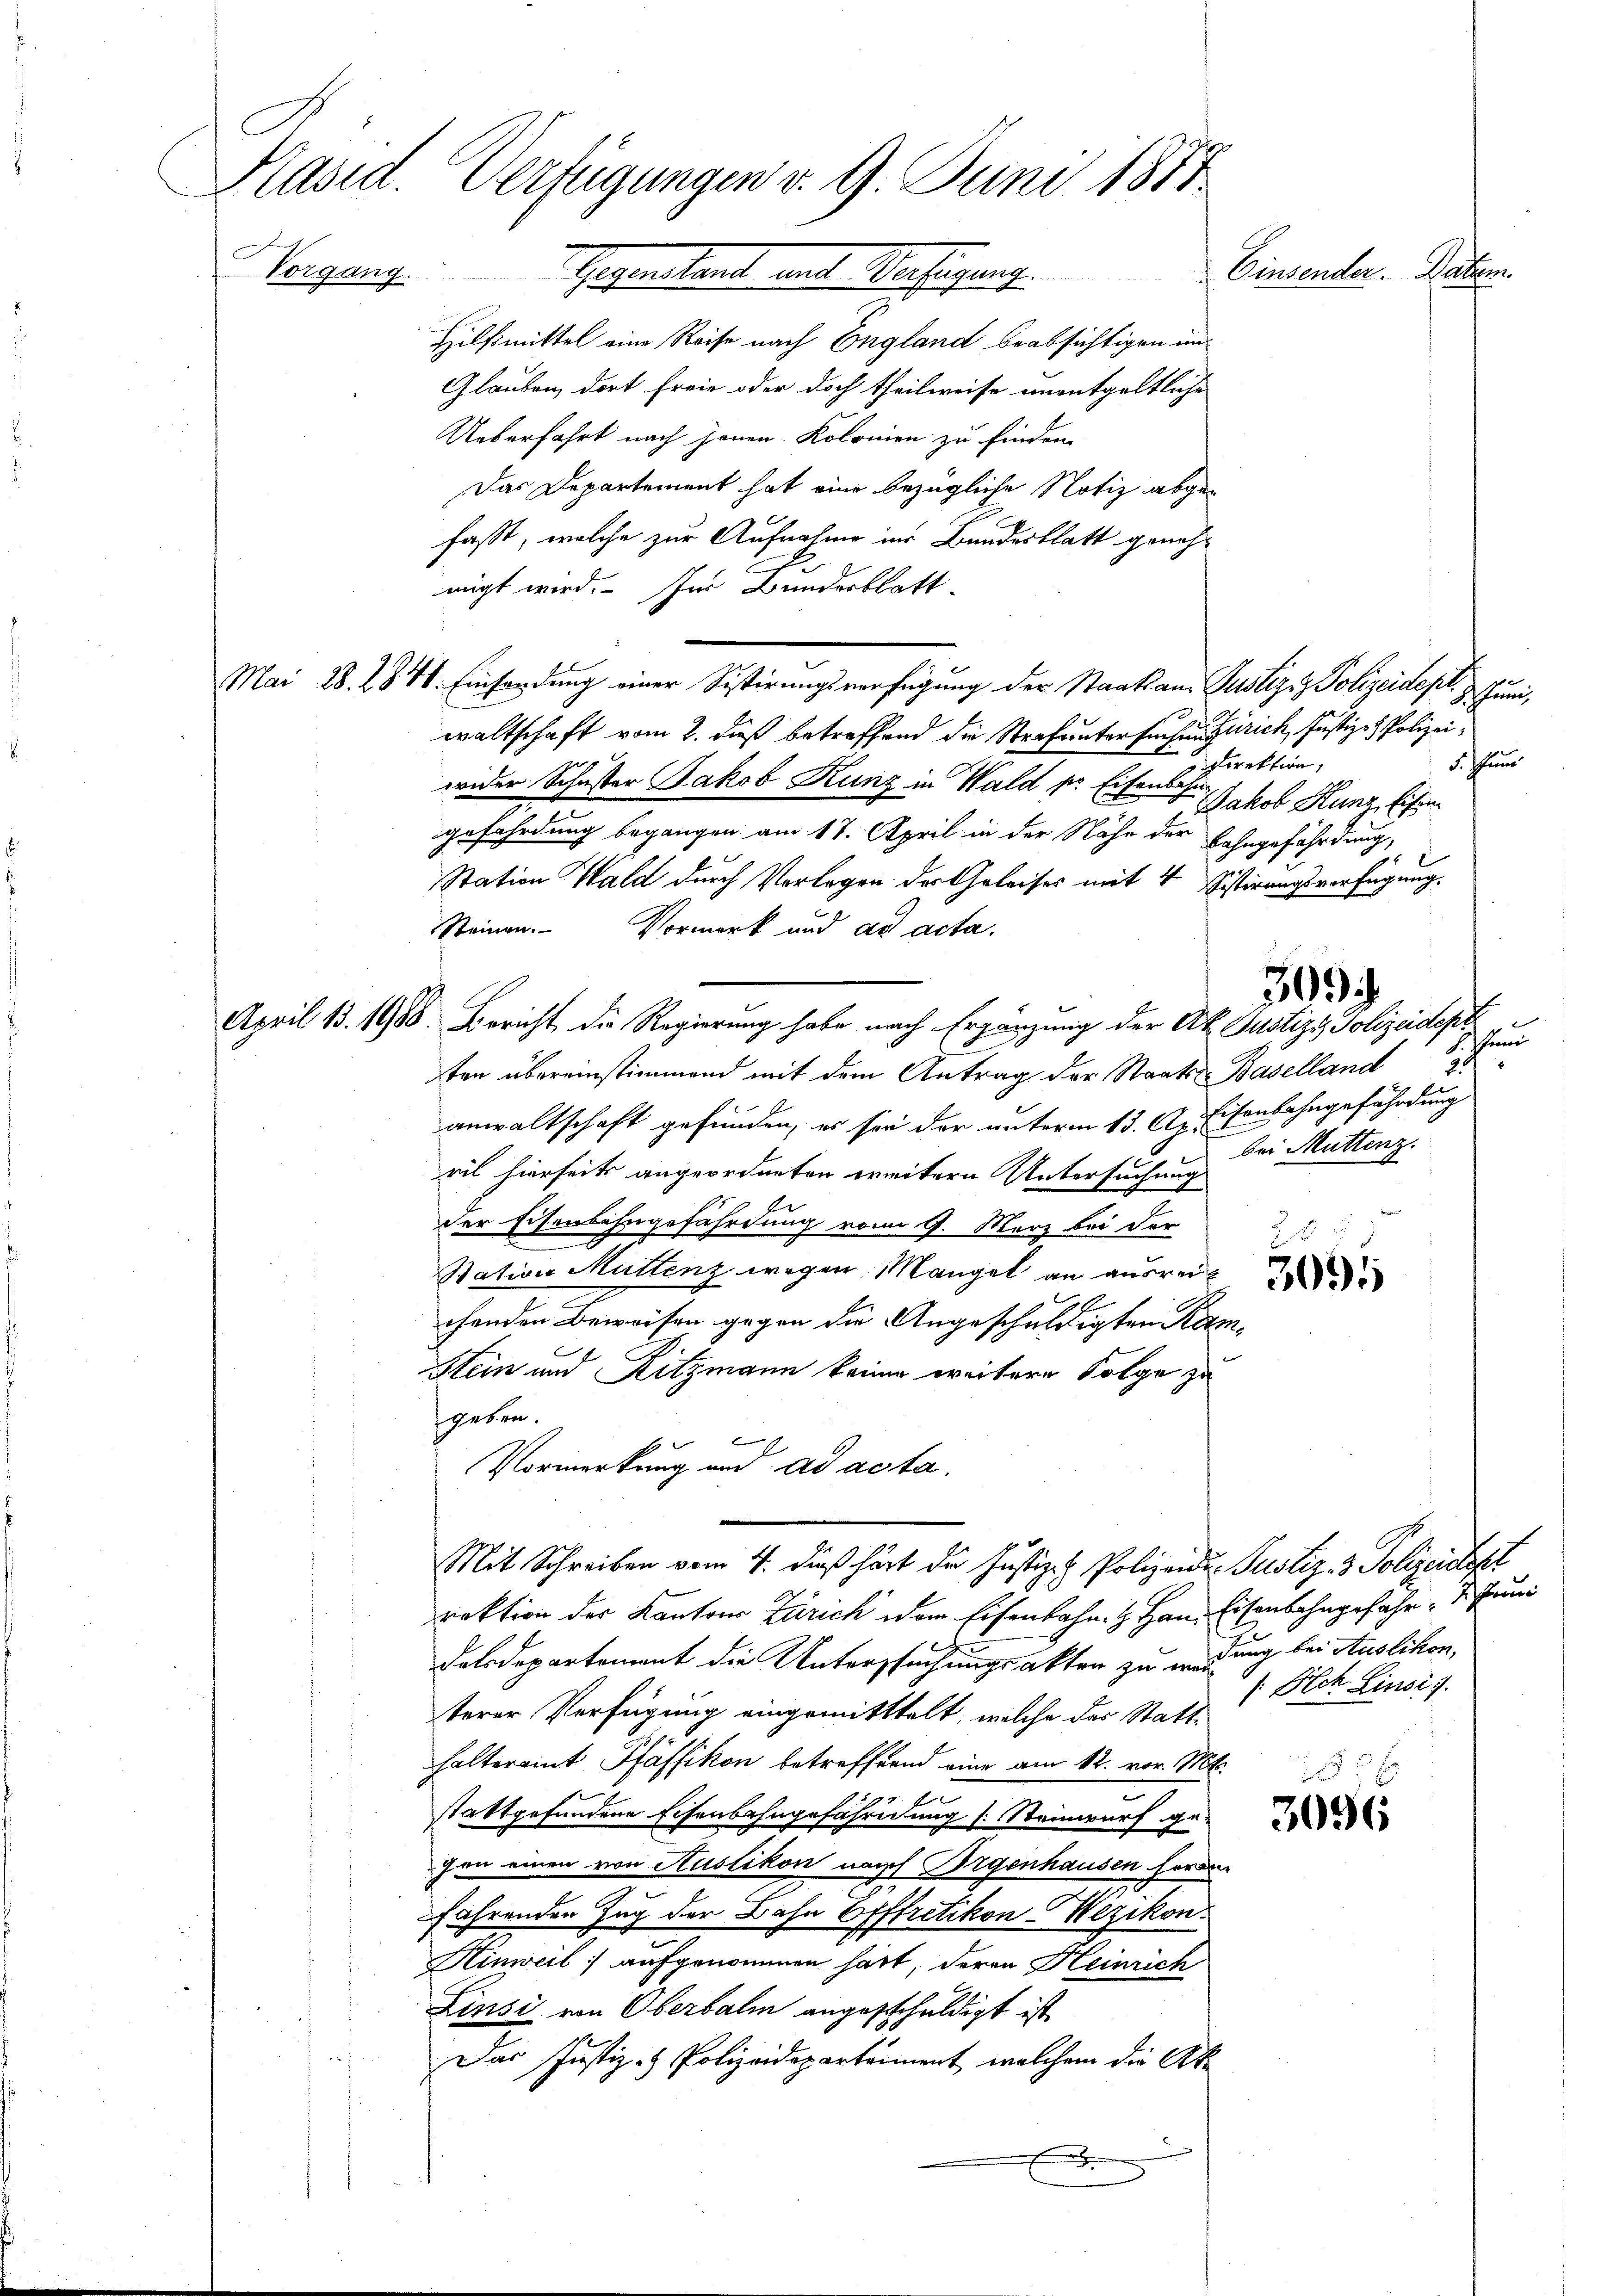
Kasid. Verfügungen v. 9. Juni 1871
Vorgang.
Einsender. Datum.
hegenstand mit Wachsigung

Hilfsmittel eine Reise nach England beabsichtigen un¬

Glauben, dort freie oder doch theilweise unentgeltliche
Ueberfahrt nach jenen Kolonien zu finden
Das Departement hat eine bezügliche Notiz abgefaßt, welche zur Aufnahme ins Bundesblatt genehmigt wird. In Bundesblatt
e
Schlum
waltschaft vom 2. dieß betreffend die Strafuntersuchen Zürich, Justiz- & Polizei¬
Sichen
Direktion,
wider Schuster Jakob Kunz in Wald pr. Eisenbah
Jakob Kunz, Eisen
gefährdung begangen am 17. April in der Nähe der Bahngefährdung,
.
Station Wald durch Vorlegen der Geleises mit 4 Sistirungsverfügung.
Steinen. Vormerk und ad acta.
April 183. 1988. Bericht die Regierung habe nach Ergänzung der Ak. Justiz & Polizeidept
ten übereinstimmend mit dem Antrag der Staats-Baselland
anwaltschaft gefunden, es sei der unterm 13. A. Eisenbahngefährdung
bei Muttenz.
ril hierseits angeordneten weitern Untersuchung
der Eisenbahngefährdung vom 9. März bei der
F. J.
Station Muttenz wegen Mangel an ausrei
chenden Beweisen gegen die Angeschuldigten Kame
Stein und Ritzmann keiner weitere Folge zu
geten.
.
Vormerkung und ad acta.
Mit Schreiben vom 4. dieß hört der Justiz- & Polizeide Pustiz- & Polizeidept
raktion des Kantons Zürich dem Eisenbahn z. Hand Eisenbahngefahr 1. Juni
Felsdepartement die Untersuchungsakten zu werung bei Auslikon,
/ Hch. Linses.
terer Verfügung eingemitttelt, welche das Statthalteramt Pfäffikon betreffend eine am 12. vor. Mt.
stattgefundene Eisenbahngefährdung (: Steinwurf ge-
gen einen von Auslikon nach Irgenhausen heran
fahrenden Zug der Bahn Offfretikon-Wezikon
Hinweil) aufgenommen hart, deren Heinrich
Linsi von Oberbalm angeschuldigt ist
Das Justiz- & Polizeideparteiment, welchem die Ak

Mai 28. 284. Einsendung einer Sistirungsverfügung der Staatsans Justiziz Polizeidept.

30

h. Juni
2